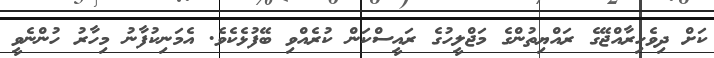
ކަށް ދިވެހިރާއްޖޭގެ ރައްޔިތުންގެ މަޖްލީހުގެ ރައީސްކަން ކުރެއްވި ބޭފުޅެކެވެ. އެމަނިކުފާނު މިހާރު ހުންނެވީ